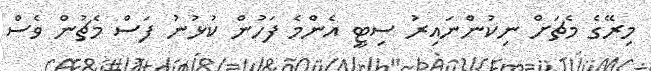
މިރޭގެ މެޗަށް ނިކުންނައިރު ސިޓީ އެންމެ ފަހުން ކުޅުނު ފަސް މެޗުން ވެސް